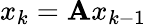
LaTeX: x_{k}=\mathbf{A}x_{k-1}